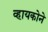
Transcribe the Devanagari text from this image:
व्हायकोने